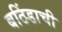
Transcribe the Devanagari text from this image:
बठिंडाची